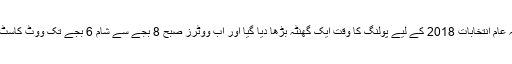
واضح رہے کہ عام انتخابات 2018 کے لیے پولنگ کا وقت ایک گھنٹہ بڑھا دیا گیا اور اب ووٹرز صبح 8 بجے سے شام 6 بجے تک ووٹ کاسٹ کرسکیں گے۔